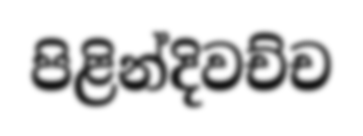
පිළින්දිවච්ච